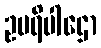
ဥပရိပါဌော